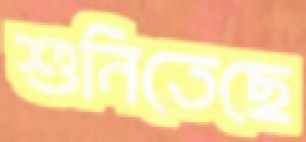
শুনিতেছে